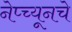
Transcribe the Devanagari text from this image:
नेप्च्यूनचे